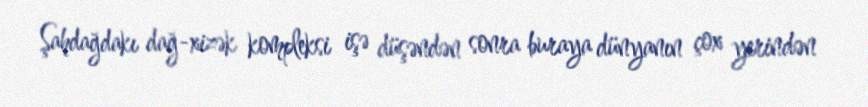
Şahdağdakı dağ-xizək kompleksi işə düşəndən sonra buraya dünyanın çox yerindən